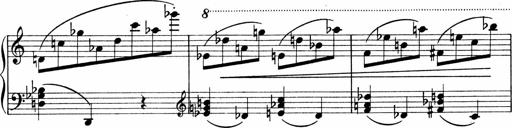
Title: Sonatina No.1
Composer: Otto Stoll
Key: C major